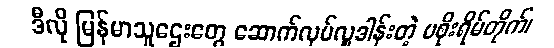
ဒီလို မြန်မာသူဌေးတွေ ဆောက်လုပ်လှူဒါန်းတဲ့ မစိုးရိမ်တိုက်၊